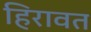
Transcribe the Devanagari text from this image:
हिरावत